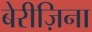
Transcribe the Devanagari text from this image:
बेरीज़िना